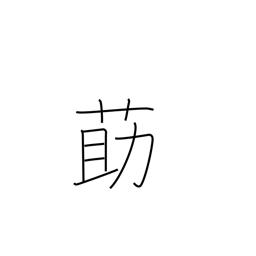
Meaning: Chinese matrimony vine